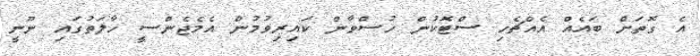
އެ ގޮތަށް ބައެއް އެއްޗެހި ސްޓޮކުން ހުސްވާން ކައިރިވުމުން އެމެޖެންސީ ހާލަތުގައި ނޫނީ